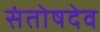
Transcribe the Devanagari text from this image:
संतोषदेव